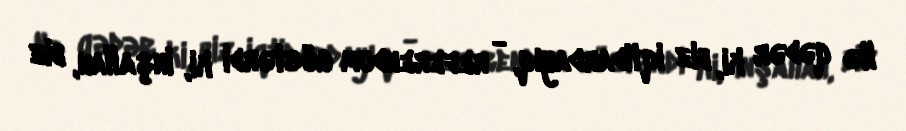
Nə qədər ki, biz iqtidardayıq, - referendum göstərdi ki, inşallah, biz